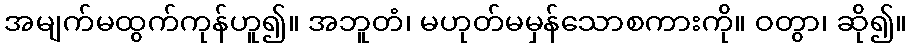
အမျက်မထွက်ကုန်ဟူ၍။ အဘူတံ၊ မဟုတ်မမှန်သောစကားကို။ ဝတွာ၊ ဆို၍။